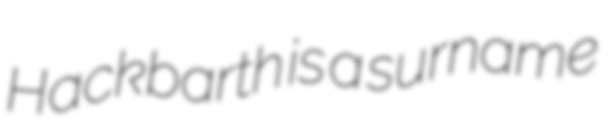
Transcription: Hackbarth is a surname